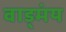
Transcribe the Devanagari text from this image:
वाड्मंय